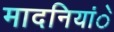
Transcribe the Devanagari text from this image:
मादनियांे